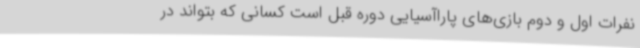
نفرات اول و دوم بازی‌های پاراآسیایی دوره قبل است کسانی که بتواند در